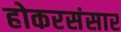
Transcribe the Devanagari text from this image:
होकरसंसार